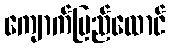
ကျောက်ပြည်ထောင်